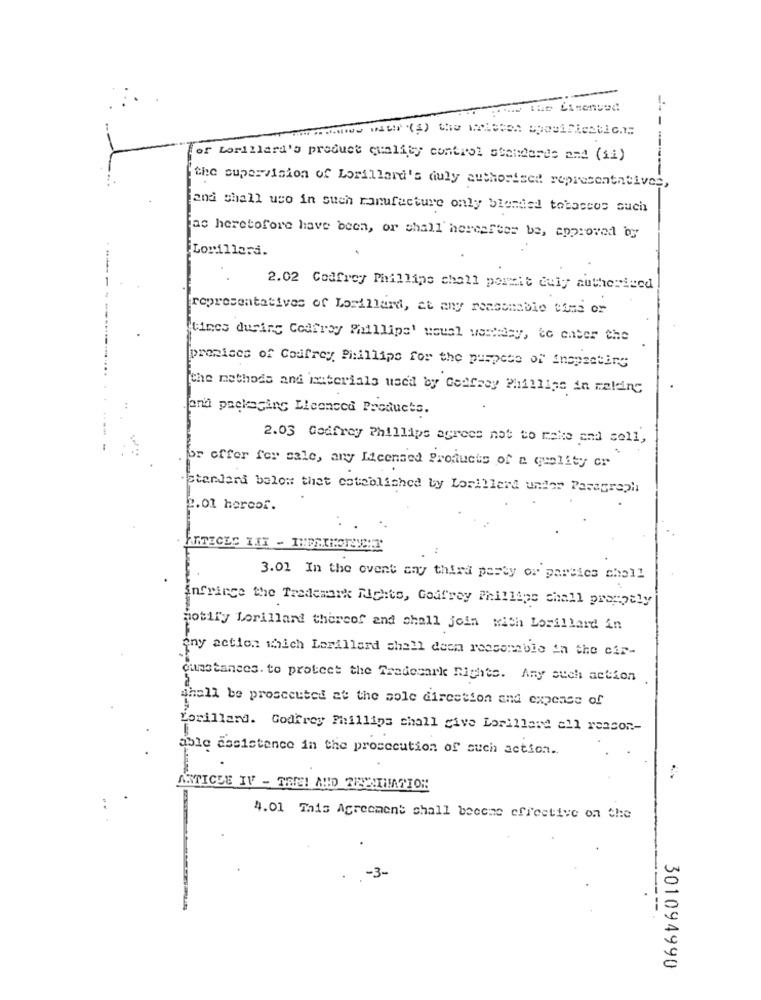
-- the Licensed
-
of Lorillard's product quality control standards and (ii)
'the supervision of Lorillard's duly authorized representatives,
and shall uso in such manufacture only blended tobaccos such
as heretofore have been, or shall hereafter be, approved by
Lorillard.
2.02 Godfrey Phillips chall pormit duly authorized
[representatives of Lorillard, at any reasonable time or
times during Codfroy Phillips' waual wardasy, to enter the
[promises of Godfrey Phillips for the purpose of inspecting
the methods and interials used by Geafrey Phillips in melding
and packaging Licenced Products.
2.03 Godfrey Phillips agrees not to make and sell,
or offer for sale, any Licensed Products of a quality cr
Standard below that cotebliched by Lorillerd under Paragraph
2.01 hereof.
3.01 In the ovent any third party or parties chall
Infrance the Trademark Rights, Godfrey Phillips chall promptly
notify Lorilland thereof and shall join with Lorillard in
eny action which Lorillard shall deon reasonable in the cir-
cunstances. to protect the Tradesark Rights. Any such action
shall be prosecuted at the sole direction and expense of
Lorillard. Godfrey Phillips chall give Lorillard all reason .-
able assistance in the prosecution of such action ..
ANTICEE IF - THE! AND ZINCMINATION
..
4.01 This Agreement shall become effective on the
-3-
301094990